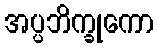
အပ္ပဘိက္ခုကော